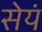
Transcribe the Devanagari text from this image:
सेयं